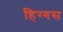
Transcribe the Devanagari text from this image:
हिग्गस